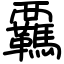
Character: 覊